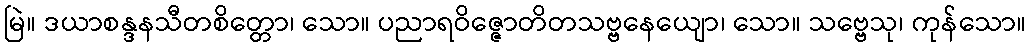
မြဲ။ ဒယာစန္ဒနသီတစိတ္တော၊ သော။ ပညာရဝိဇ္ဇောတိတသဗ္ဗနေယျော၊ သော။ သဗ္ဗေသု၊ ကုန်သော။